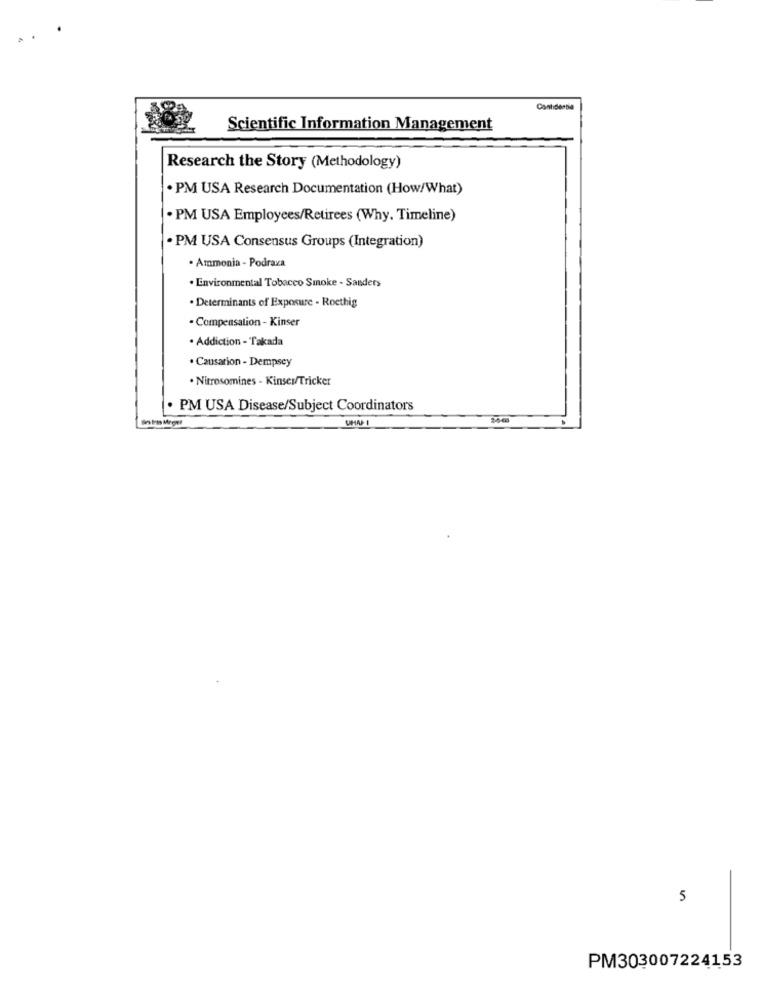
Contdestia
Scientific Information Management
Research the Story (Methodology)
· PM USA Research Documentation (How/What)
. PM USA Employees/Retirees (Why. Timeline)
· PM USA Consensus Groups (Integration)
· Ammonia - Podraza
. Environmental Tobacco Smoke - Sanders
. Determinants of Exposure - Roethig
- Compensation - Kinser
. Addiction - Takada
· Causarion - Dempsey
. Nitrosomines - Kinsei/Tricker
· PM USA Disease/Subject Coordinators
UMAFI
5
PM303007224153